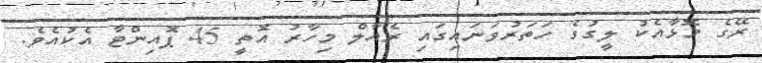
ރޭގެ މޮޅާއެކު ލީގުގެ ހަތަރުވަނައިގައި ރެއާލް މިހާރު އޮތީ 45 ޕޮއިންޓާ އެކުއެވެ.